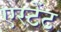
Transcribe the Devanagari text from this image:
एस्टेंट